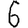
Digit: 6